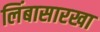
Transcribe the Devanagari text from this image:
लिंबासारखा